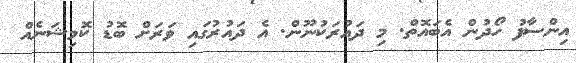
އިންސާފު ހޯދުން އެބައޮތް. މި ދައުރަކުނޫން. އެ ދައުރުގައި ވަރަށް ބޮޑު ކޮމިޝަނެއް